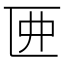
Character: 𠥲